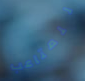
للمتاعب